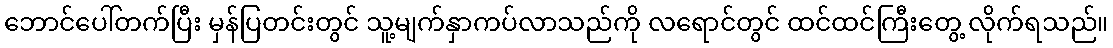
ဘောင်ပေါ်တက်ပြီး မှန်ပြတင်းတွင် သူ့မျက်နှာကပ်လာသည်ကို လရောင်တွင် ထင်ထင်ကြီးတွေ့ လိုက်ရသည်။